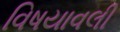
વિષયાવલી